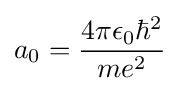
a_{0}={\frac {4\pi \epsilon _{0}\hbar ^{2}}{me^{2}}}